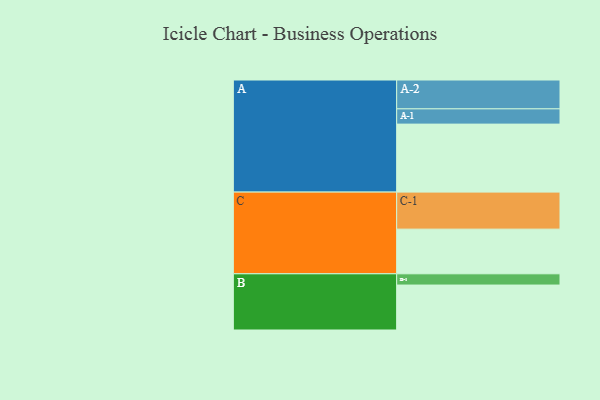
{"axis": {"x": "Segment", "y": "Value"}, "legend": ["", "A", "B", "C"], "data": [{"x": "A", "y": 490, "type": ""}, {"x": "B", "y": 324, "type": ""}, {"x": "C", "y": 322, "type": ""}, {"x": "A-1", "y": 110, "type": "A"}, {"x": "A-2", "y": 208, "type": "A"}, {"x": "B-1", "y": 81, "type": "B"}, {"x": "C-1", "y": 267, "type": "C"}]}